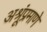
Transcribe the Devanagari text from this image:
अश्रूंप्रमाणे